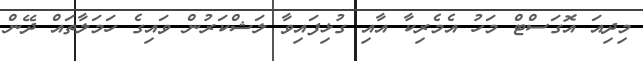
މިދިއަ އޮގަސްޓް މަހު އެމެރިކާ އާއި ގުޅިފައިވާ ލަޝްކަރުން ވައިގެ ހަމަލާތައް ދޭން